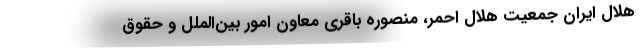
هلال ایران جمعیت هلال احمر، منصوره باقری معاون امور بین‌الملل و حقوق